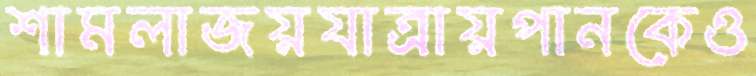
শামলাজয়যাত্রায়পানকেও